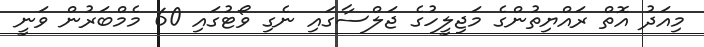
މިއަދު އޮތް ރައްޔިތުންގެ މަޖިލީހުގެ ޖަލްސާގައި ނެގި ވޯޓުގައި 60 މެމްބަރުން ވަނީ